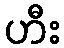
ဟီး